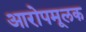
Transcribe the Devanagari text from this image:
आरोपमूलक